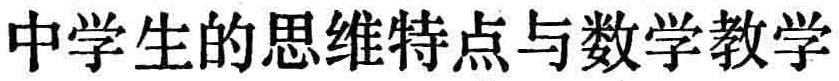
中学生的思维特点与数学教学